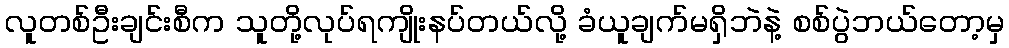
လူတစ်ဦးချင်းစီက သူတို့လုပ်ရကျိုးနပ်တယ်လို့ ခံယူချက်မရှိဘဲနဲ့ စစ်ပွဲဘယ်တော့မှ